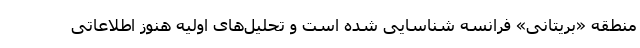
منطقه «بریتانی» فرانسه شناسایی شده است و تحلیل‌های اولیه هنوز اطلاعاتی